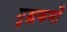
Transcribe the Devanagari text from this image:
गृह्यकर्मों